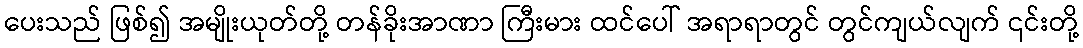
ပေးသည် ဖြစ်၍ အမျိုးယုတ်တို့ တန်ခိုးအာဏာ ကြီးမား ထင်ပေါ် အရာရာတွင် တွင်ကျယ်လျက် ၎င်းတို့